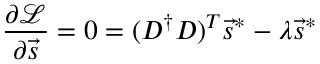
\frac { \partial \mathcal { L } } { \partial \vec { s } } = 0 = ( D ^ { \dagger } D ) ^ { T } \vec { s } ^ { * } - \lambda \vec { s } ^ { * }